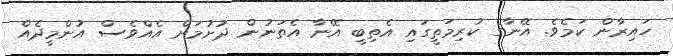
ހައިރާން ކަމެވެ. އޭނާގެ ކުރިމަތީގައި އެތިބީ އޭނާ އެތަނުން ދުށުމަށް އެއްވެސް އުންމީދެއް